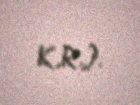
K.R.).